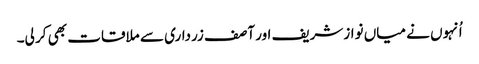
اُنہوں نے میاں نوازشریف اور آصف زرداری سے ملاقات بھی کر لی۔